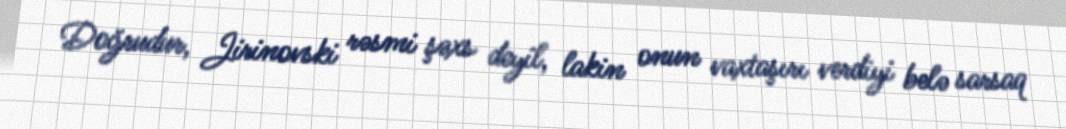
Doğrudur, Jirinovski rəsmi şəxs deyil, lakin onun vaxtaşırı verdiyi belə sarsaq